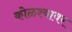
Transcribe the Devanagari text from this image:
कोळश्यावर